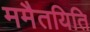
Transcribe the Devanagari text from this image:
ममैतयिति